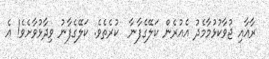
ރާއާއި ޖުވާކުޅުމާމެދު އެއުރެން ކަލޭގެފާނާ  ކުރެތެވެ. ކަލޭގެފާނު ވިދާޅުވާށެވެ! އެ